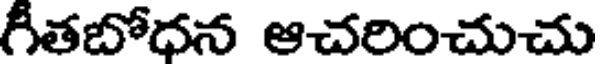
గీతబోధన ఆచరించుచు